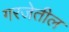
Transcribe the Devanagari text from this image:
गरजेतील